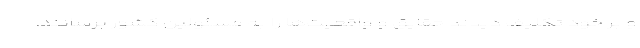
و بر خود تکلیف دیدند حقایق و واقعیت‌ها را به مسئولین کشور برسانند.